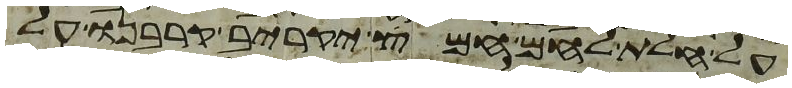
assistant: על חלת לחם חמץ יקריב קרבנו על